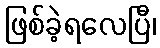
ဖြစ်ခဲ့ရလေပြီ၊